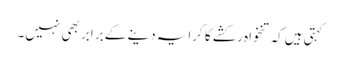
کہتی ہیں‌کہ تنخواہ رکشے کا کرایہ دینے کے برابر بھی نہیں۔